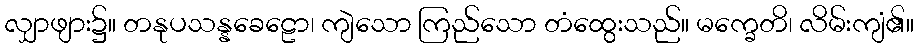
လျှာဖျား၌။ တနုပသန္နခေဠော၊ ကျဲသော ကြည်သော တံထွေးသည်။ မက္ခေတိ၊ လိမ်းကျံ၏။